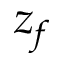
z _ { f }